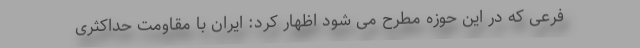
فرعی که در این حوزه مطرح می شود اظهار کرد: ایران با مقاومت حداکثری